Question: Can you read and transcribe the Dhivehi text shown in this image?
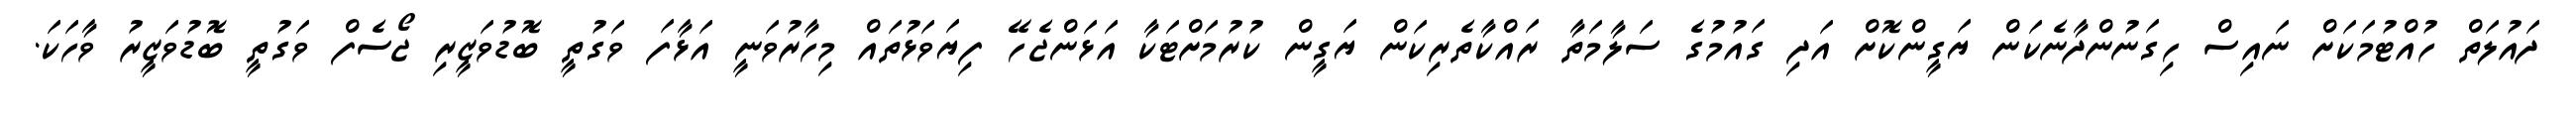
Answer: ދައުލަތް ހުއްޓުމަކަށް ނައިސް ހިގަނުންދާނެކަން ޔަގީންކޮށް އަދި ގައުމުގެ ސަލާމަތާ ރައްކާތެރިކަން ޔަގީން ކުރުމަށްޓަކާ އަޅަންޖެހޭ ފިޔަވަޅުތައް މިހާރުވަނީ އަޅާފަ ވަގުތީ ބޮޑުވަޒީރި ޖޯސެފް ވަގުތީ ބޮޑުވަޒީރު ވާހަކަ.